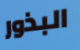
البذور